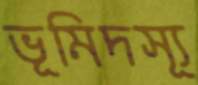
ভূমিদস্যূ